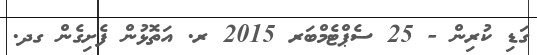
ގަޑި ކުރިން - 25 ސެޕްޓެމްބަރ 2015 ރ. އަތޮޅުން ފެށިގެން ގދ.